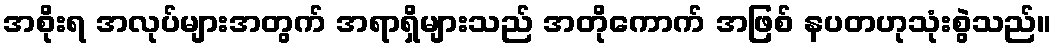
အစိုးရ အလုပ်များအတွက် အရာရှိများသည် အတိုကောက် အဖြစ် နပတဟုသုံးစွဲသည်။